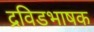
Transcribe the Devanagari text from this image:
द्रविडभाषक